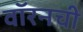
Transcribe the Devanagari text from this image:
वॉरनची